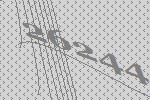
26244